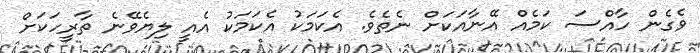
ވެގެން ހާއްސަ ކަމެއް އޭނާއަކަށް ނެތެވެ. އެކަމަކު އެކަމަކު އެއީ ލިޔެވޭނެ ތާރީހަކަށް